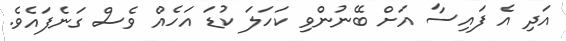
އަދި އެ ފައިސާ އަށް ބޭނުންވި ކަހަލަ ކުޑަ އަހެއް ވެސް ގަނެފައެވެ.